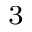
^ 3